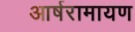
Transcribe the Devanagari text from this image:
आर्षरामायण